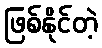
ဖြစ်နိုင်တဲ့